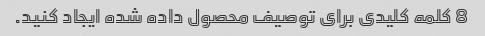
8 کلمه کلیدی برای توصیف محصول داده شده ایجاد کنید.